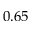
0 . 6 5